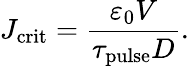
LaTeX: J_{\mathrm{crit}}=\frac{\varepsilon_{0}V}{\tau_{\mathrm{pulse}}D}.